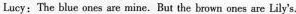
Lucy: The blue ones are mine. But the brown ones are Lily's.